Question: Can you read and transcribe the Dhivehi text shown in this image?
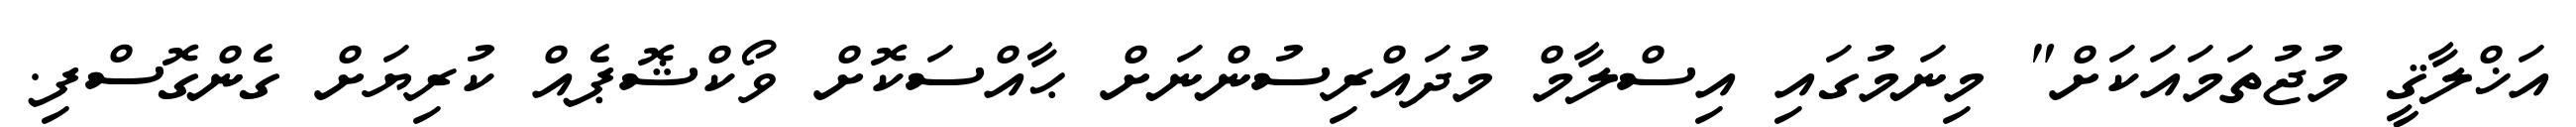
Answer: އަޚްލާޤީ މުޖުތަމައަކަށް" މިނަމުގައި އިސްލާމް މުދައްރިސުންނަށް ޙާއްސަކޮށް ވޯކްޝޮޕެއް ކުރިޔަށް ގެންގޮސްފި.